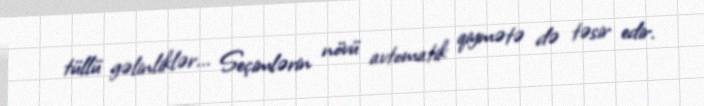
tüllü gəlinliklər... Seçimlərin növü avtomatik qiymətə də təsir edir.